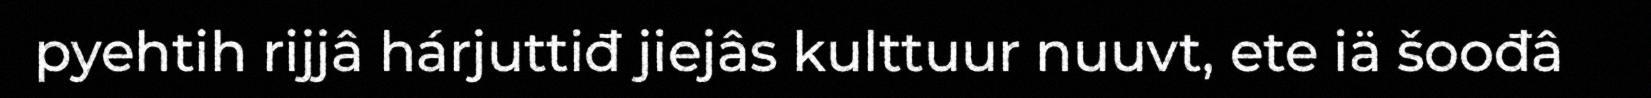
pyehtih rijjâ hárjuttiđ jiejâs kulttuur nuuvt, ete iä šoođâ